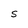
Character: S